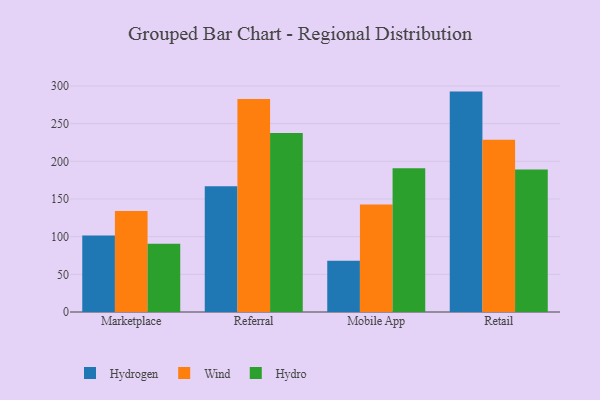
{"axis": {"x": "Channel", "y": "LTV (USD)"}, "legend": ["Hydro", "Hydrogen", "Wind"], "data": [{"x": "Marketplace", "y": 101.6, "type": "Hydrogen"}, {"x": "Marketplace", "y": 134.0, "type": "Wind"}, {"x": "Marketplace", "y": 90.6, "type": "Hydro"}, {"x": "Referral", "y": 166.9, "type": "Hydrogen"}, {"x": "Referral", "y": 282.8, "type": "Wind"}, {"x": "Referral", "y": 237.5, "type": "Hydro"}, {"x": "Mobile App", "y": 68.1, "type": "Hydrogen"}, {"x": "Mobile App", "y": 142.6, "type": "Wind"}, {"x": "Mobile App", "y": 190.8, "type": "Hydro"}, {"x": "Retail", "y": 292.5, "type": "Hydrogen"}, {"x": "Retail", "y": 228.6, "type": "Wind"}, {"x": "Retail", "y": 189.2, "type": "Hydro"}]}